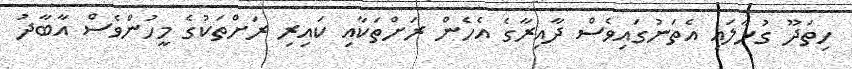
ހިތަދޫ ގުޅާލައި އެތަނުގައިވެސް ދާއިރާގެ އެހެން ރަށްތަކާއި ކައިރި ރަށްތަކުގެ މީހުންވެސް އާބާދު